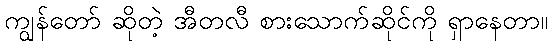
ကျွန်တော် ဆိုတဲ့ အီတလီ စားသောက်ဆိုင်ကို ရှာနေတာ။